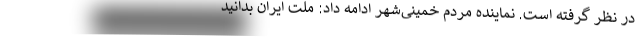
در نظر گرفته است. نماینده مردم خمینی‌شهر ادامه داد: ملت ایران بدانید